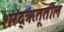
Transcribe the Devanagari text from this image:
शरद्‌ऋतूतील